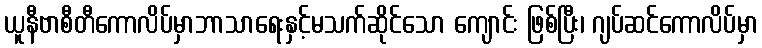
ယူနီဗာစီတီကောလိပ်မှာဘာသာရေးနှင့်မသက်ဆိုင်သော ကျောင်း ဖြစ်ပြီး၊ ဂျပ်ဆင်ကောလိပ်မှာ